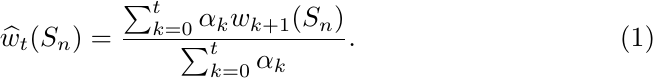
\begin{equation}\label{eq:def:running_avg}
\widehat{w}_t(S_n) = \frac{\sum_{k=0}^t \alpha_k w_{k+1}(S_n)}{\sum_{k=0}^t \alpha_k}.
\end{equation} % Any minimizer $w^*(S_n)$ may be used in the above equation in the case of multiple minimizers.